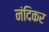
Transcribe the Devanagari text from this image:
नंदिकर